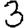
Digit: 3